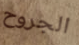
الجروح